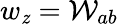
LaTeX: w_{\mathit{z}}=\mathcal{{W}}_{ab}